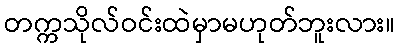
တက္ကသိုလ်ဝင်းထဲမှာမဟုတ်ဘူးလား။